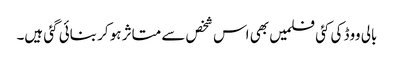
بالی ووڈ کی کئی فلمیں بھی اس شخص سے متاثر ہو کر بنائی گئی ہیں۔